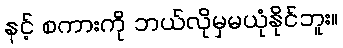
နင့် စကားကို ဘယ်လိုမှမယုံနိုင်ဘူး။